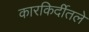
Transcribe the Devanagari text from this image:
कारकिर्दीतले